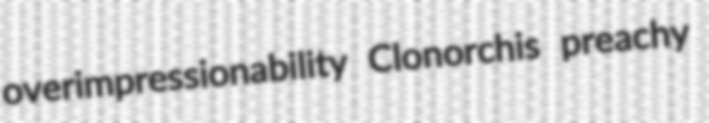
overimpressionability Clonorchis preachy